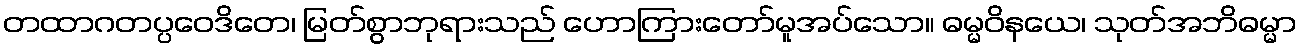
တထာဂတပ္ပဝေဒိတေ၊ မြတ်စွာဘုရားသည် ဟောကြားတော်မူအပ်သော။ ဓမ္မဝိနယေ၊ သုတ်အဘိဓမ္မာ